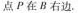
点P在B右边.